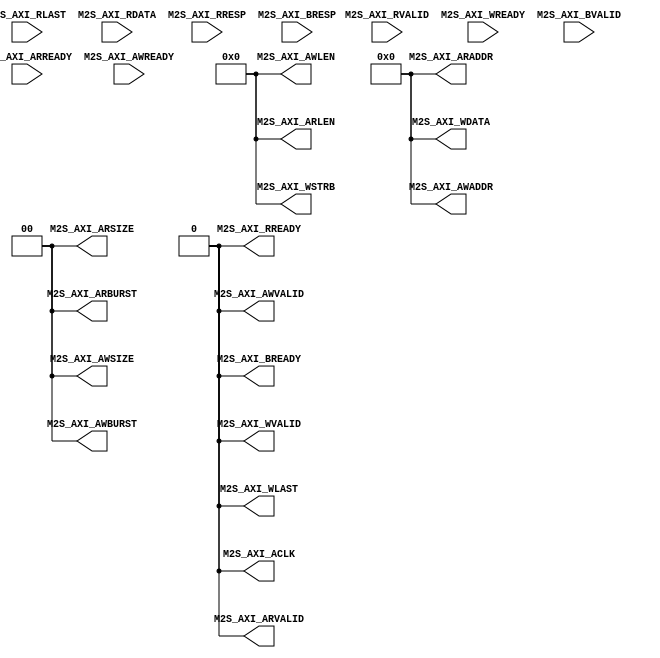
module axi_master32_stub(
    output M2S_AXI_ACLK,

    //Read Transaction

    output M2S_AXI_ARVALID,
    input M2S_AXI_ARREADY,
    output [31:0] M2S_AXI_ARADDR,
    output [1:0] M2S_AXI_ARBURST,
    output [3:0] M2S_AXI_ARLEN,
    output [1:0] M2S_AXI_ARSIZE,
    //
    input M2S_AXI_RVALID,
    output M2S_AXI_RREADY,
    input M2S_AXI_RLAST,
    input [31:0] M2S_AXI_RDATA,
    //
    input [1:0] M2S_AXI_RRESP,

    // Write Transaction
    output M2S_AXI_AWVALID,
    input M2S_AXI_AWREADY,
    output [31:0] M2S_AXI_AWADDR,
    output [1:0] M2S_AXI_AWBURST,
    output [3:0] M2S_AXI_AWLEN,
    output [1:0] M2S_AXI_AWSIZE,
    //
    output M2S_AXI_WVALID,
    input M2S_AXI_WREADY,
    output M2S_AXI_WLAST,
    output [31:0] M2S_AXI_WDATA,
    output [3:0] M2S_AXI_WSTRB,
    //
    input M2S_AXI_BVALID,
    output M2S_AXI_BREADY,
    input [1:0] M2S_AXI_BRESP

);
    assign M2S_AXI_ACLK = 1'b0;

    //Read Transaction

    assign M2S_AXI_ARVALID = 1'b0;
    assign M2S_AXI_ARADDR = 32'b0;
    assign M2S_AXI_ARBURST = 2'b0;
    assign M2S_AXI_ARLEN = 4'b0;
    assign M2S_AXI_ARSIZE = 2'b0;
    assign M2S_AXI_RREADY = 1'b0;

    // Write Transaction
    assign M2S_AXI_AWVALID = 1'b0;
    assign M2S_AXI_AWADDR = 32'b0;
    assign M2S_AXI_AWBURST = 2'b0;
    assign M2S_AXI_AWLEN = 4'b0;
    assign M2S_AXI_AWSIZE = 2'b0;
    assign M2S_AXI_WVALID = 1'b0;
    assign M2S_AXI_WLAST = 1'b0;
    assign M2S_AXI_WDATA = 32'b0;
    assign M2S_AXI_WSTRB = 4'b0;
    assign M2S_AXI_BREADY = 1'b0;


endmodule